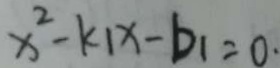
x ^ { 2 } - k _ { 1 } x - b _ { 1 } = 0 \cdot